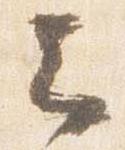
云